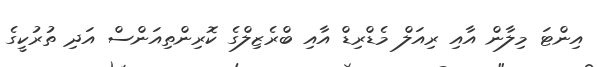
އިންޓަ މިލާން އާއި ރިއަލް މެޑްރިޑް އާއި ބްރެޒިލްގެ ކޮރިންތިއަންސް އަދި ތުރުކީގެ